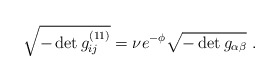
\begin{align*}\sqrt{-\det g_{ij}^{(11)}} = \nu e^{-\phi}\sqrt{-\det g_{\alpha\beta}}\ .\end{align*}